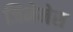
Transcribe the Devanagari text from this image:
जिमेनेस